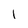
Character: 1